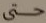
حتى